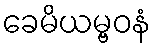
ခေမိယမ္ဗဝနံ